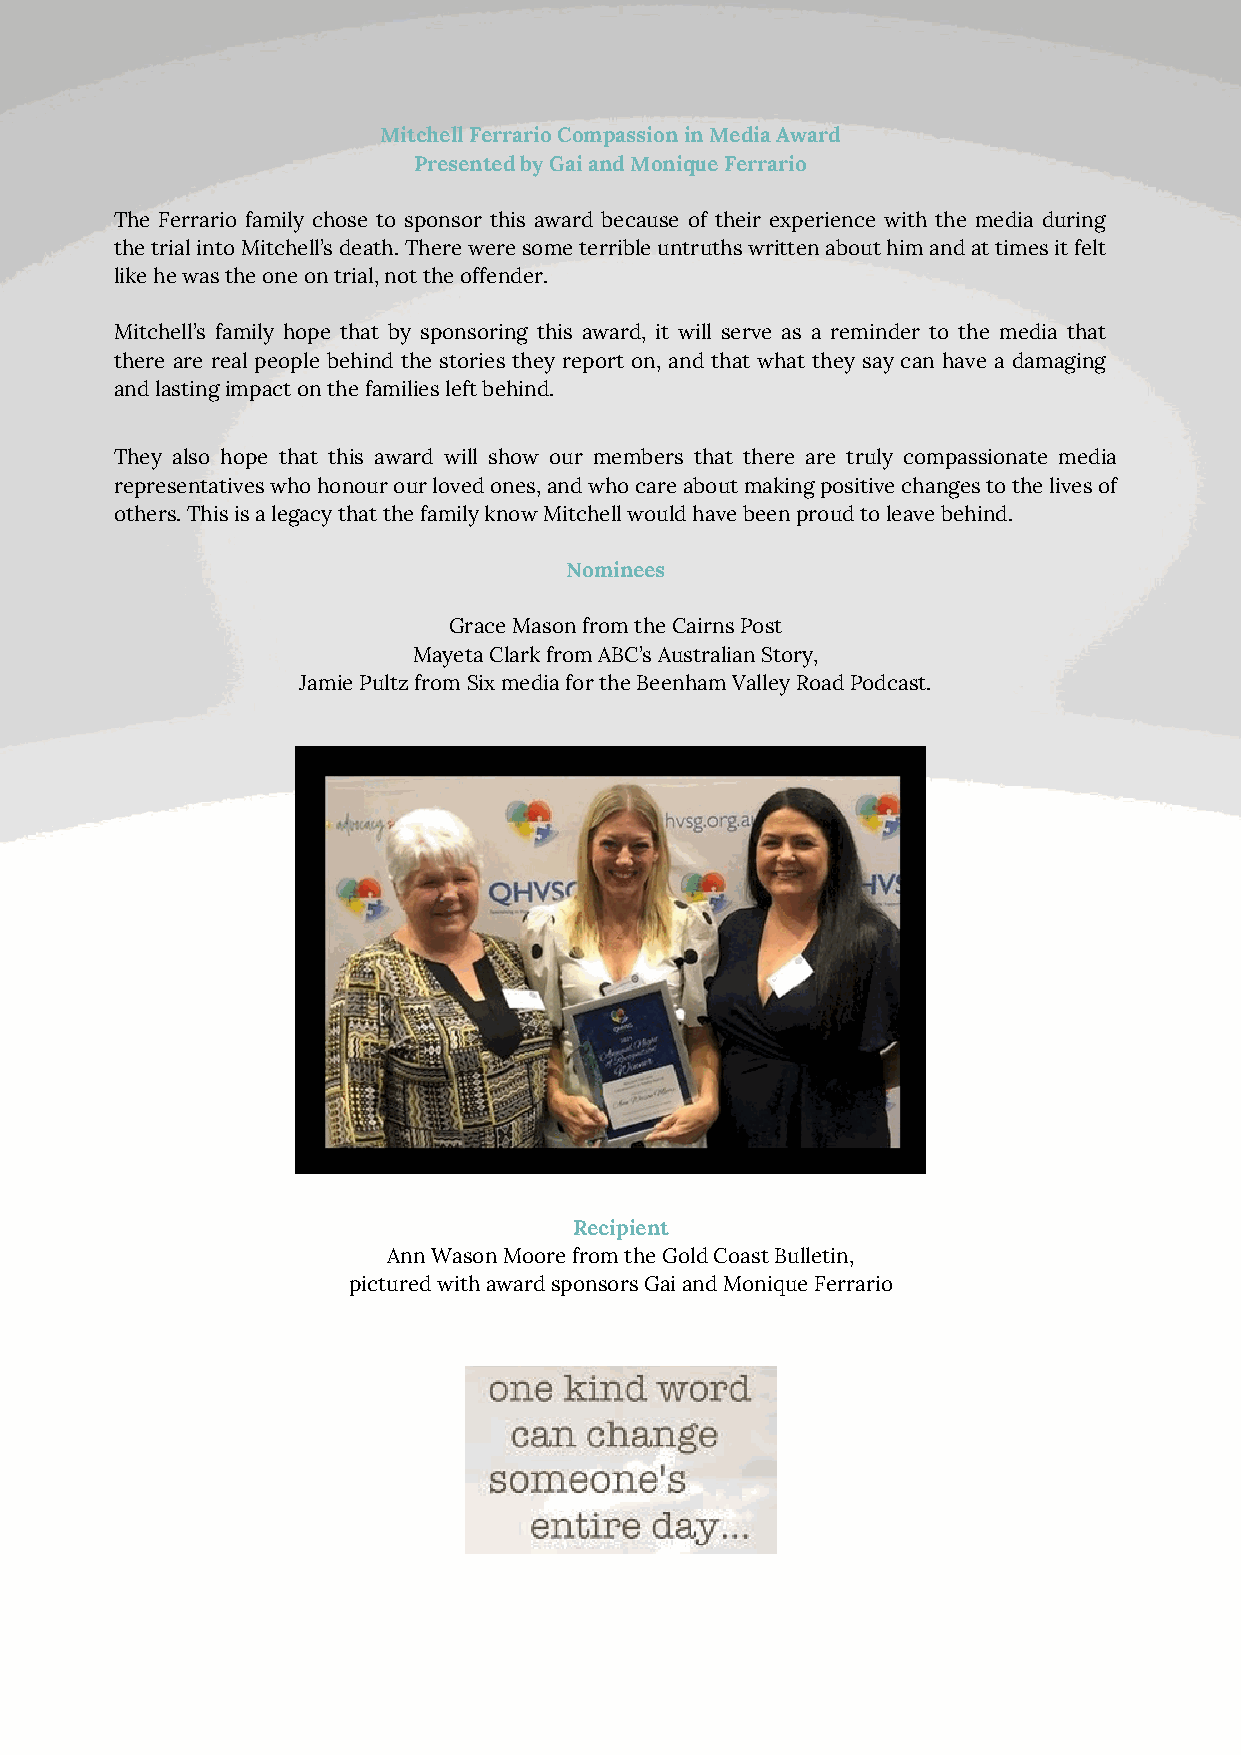
Mitchell Ferrario Compassion in Media Award
 Presented by Gai and Monique Ferrario
 The Ferrario family chose to sponsor this award because of their experience with the media during
 the trial into Mitchell’s death. There were some terrible untruths written about him and at times it felt
 like he was the one on trial, not the offender.
 Mitchell’s family hope that by sponsoring this award, it will serve as a reminder to the media that
 there are real people behind the stories they report on, and that what they say can have a damaging
 and lasting impact on the families left behind.
 They also hope that this award will show our members that there are truly compassionate media
 representatives who honour our loved ones, and who care about making positive changes to the lives of
 others. This is a legacy that the family know Mitchell would have been proud to leave behind.
 Nominees
 Grace Mason from the Cairns Post
 Mayeta Clark from ABC’s Australian Story,
 Jamie Pultz from Six media for the Beenham Valley Road Podcast.
 Recipient
 Ann Wason Moore from the Gold Coast Bulletin,
 pictured with award sponsors Gai and Monique Ferrario